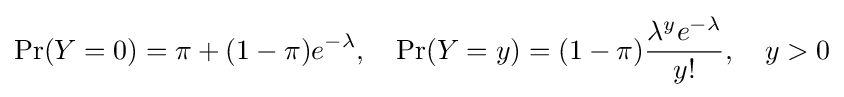
\Pr(Y=0)=\pi +(1-\pi )e^{-\lambda },\quad \Pr(Y=y)=(1-\pi ){\frac {\lambda ^{y}e^{-\lambda }}{y!}},\quad y>0